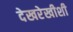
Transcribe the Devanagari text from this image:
देखरेखीशी